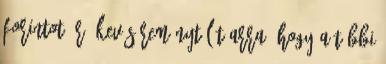
forintot ér, kevés reményt lát arra, hogy a többi